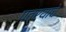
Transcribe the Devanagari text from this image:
पत्रयाचे